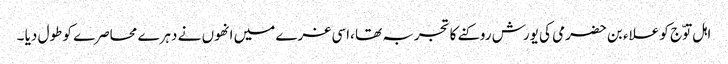
اہل توّج کو علاء بن حضرمی کی یورش روکنے کا تجربہ تھا ،اسی غرے میں انھوں نے دہرے محاصرے کو طول دیا ۔